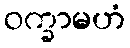
ဝက္ခာမဟံ